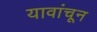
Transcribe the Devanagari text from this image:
यावांचून